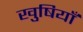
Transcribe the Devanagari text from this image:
खुषियाँ